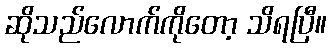
ဆိုသည်လောက်ကိုတော့ သိရပြီ။